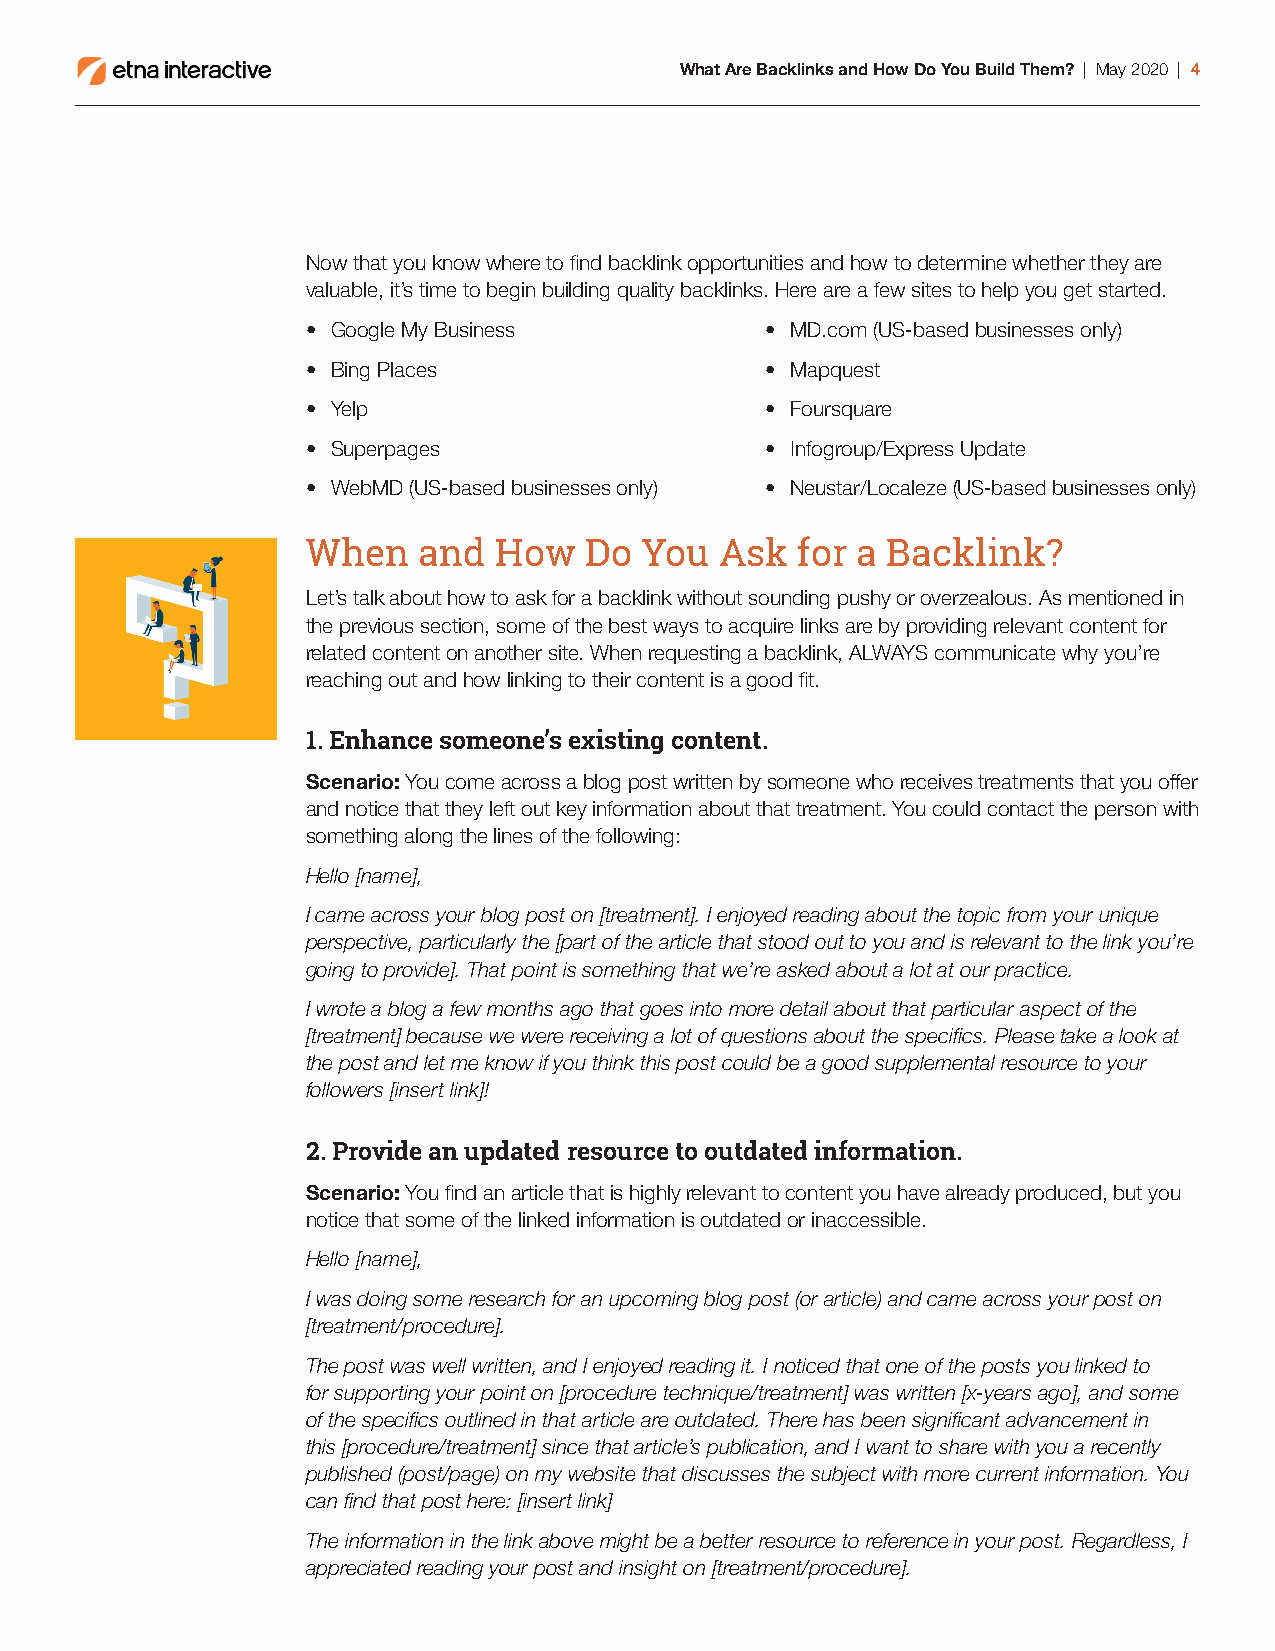
What Are Backlinks and How Do You Build Them? | May 2020 | 4
 Now that you know where to find backlink opportunities and how to determine whether they are
 valuable, it’s time to begin building quality backlinks. Here are a few sites to help you get started.
 • Google My Business           • MD.com (US-based businesses only)
 • Bing Places                  • Mapquest
 • Yelp                         • Foursquare
 • Superpages                   • Infogroup/Express Update
 • WebMD (US-based businesses only) • Neustar/Localeze (US-based businesses only)
 When    and  How   Do You   Ask  for a Backlink?
 Let’s talk about how to ask for a backlink without sounding pushy or overzealous. As mentioned in
 the previous section, some of the best ways to acquire links are by providing relevant content for
 related content on another site. When requesting a backlink, ALWAYS communicate why you’re
 reaching out and how linking to their content is a good fit.
 1. Enhance someone’s existing content.
 Scenario: You come across a blog post written by someone who receives treatments that you offer
 and notice that they left out key information about that treatment. You could contact the person with
 something along the lines of the following:
 Hello [name],
 I came across your blog post on [treatment]. I enjoyed reading about the topic from your unique
 perspective, particularly the [part of the article that stood out to you and is relevant to the link you’re
 going to provide]. That point is something that we’re asked about a lot at our practice.
 I wrote a blog a few months ago that goes into more detail about that particular aspect of the
 [treatment] because we were receiving a lot of questions about the specifics. Please take a look at
 the post and let me know if you think this post could be a good supplemental resource to your
 followers [insert link]!
 2. Provide an updated resource to outdated information.
 Scenario: You find an article that is highly relevant to content you have already produced, but you
 notice that some of the linked information is outdated or inaccessible.
 Hello [name],
 I was doing some research for an upcoming blog post (or article) and came across your post on
 [treatment/procedure].
 The post was well written, and I enjoyed reading it. I noticed that one of the posts you linked to
 for supporting your point on [procedure technique/treatment] was written [x-years ago], and some
 of the specifics outlined in that article are outdated. There has been significant advancement in
 this [procedure/treatment] since that article’s publication, and I want to share with you a recently
 published (post/page) on my website that discusses the subject with more current information. You
 can find that post here: [insert link]
 The information in the link above might be a better resource to reference in your post. Regardless, I
 appreciated reading your post and insight on [treatment/procedure].